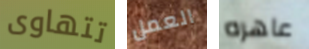
تتهاوى العمل عاهره